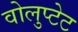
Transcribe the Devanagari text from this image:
वोलुप्टेट